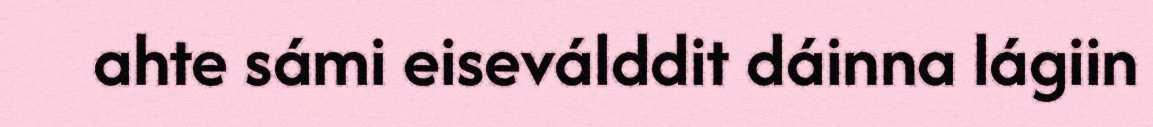
ahte sámi eiseválddit dáinna lágiin